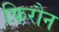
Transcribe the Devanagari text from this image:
फ़िरौन